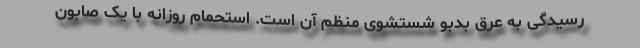
رسیدگی به عرق بدبو شستشوی منظم آن است. استحمام روزانه با یک صابون